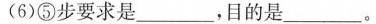
(6)⑤步要求是___，目的是___。